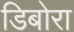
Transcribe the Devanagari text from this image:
डिबोरा